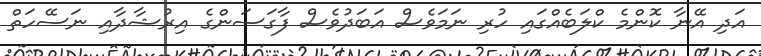
އަދި އޭނާ ކޮންމެ ކްލަބެއްގައި ހުރި ނަމަވެސް އަބަދުވެސް ފާގަސަންގެ އިރުޝާދާއި ނަސޭހަތް